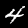
Label: 4